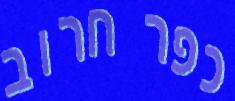
כפר חרוב